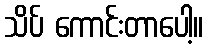
သိပ် ကောင်းတာပေါ့။